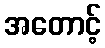
အတောင့်